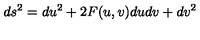
d s ^ { 2 } = d u ^ { 2 } + 2 F ( u , v ) d u d v + d v ^ { 2 }